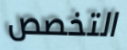
التخصص